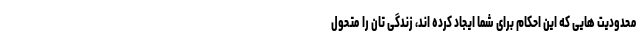
محدودیت هایی که این احکام برای شما ایجاد کرده اند، زندگی تان را متحول